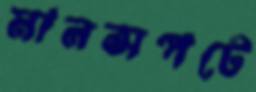
মানসপটে